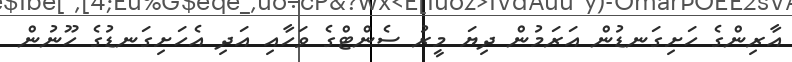
އާރިންގެ ހަށިގަނޑުން އަރަމުން ދިޔަ މީރު ސެންޓްގެ ވަހާއި އަދި އެހަށިގަނޑުގެ ހޫނުން